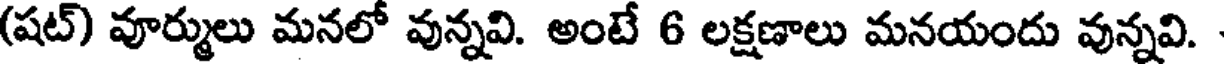
(షట్) వూర్ములు మనలో వున్నవి. అంటే 6 లక్షణాలు మనయందు వున్నవి.